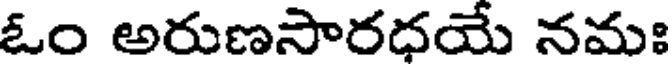
ఓం అరుణసారధయే నమః